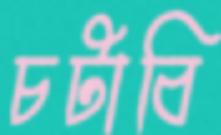
চটাবি